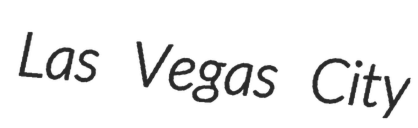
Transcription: Las Vegas City